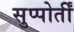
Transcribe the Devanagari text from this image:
सुप्पोर्तीं